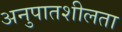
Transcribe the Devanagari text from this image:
अनुपातशीलता